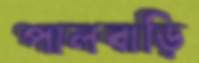
পালবাড়ি